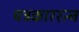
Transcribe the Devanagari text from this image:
पत्रकाररत्न